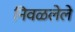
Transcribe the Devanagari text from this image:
निवळलेले